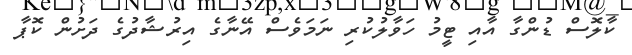
ކާލޮސް ޑުންގާ އާއި ޓީމު ހަވާލުކުރި ނަމަވެސް އޭނާގެ އިރުޝާދުގެ ދަށުން ކޮޕާ